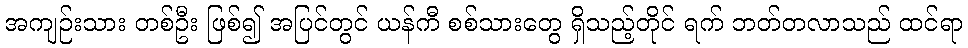
အကျဉ်းသား တစ်ဦး ဖြစ်၍ အပြင်တွင် ယန်ကီ စစ်သားတွေ ရှိသည့်တိုင် ရက် ဘတ်တလာသည် ထင်ရာ